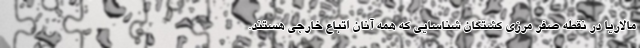
مالاریا در نقطه صفر مرزی کشتگان شناسایی که همه آنان اتباع خارجی هستند.